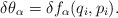
\begin{align*}\delta\theta_\alpha=\delta f_\alpha(q_i,p_i).\end{align*}